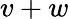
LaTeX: v+w